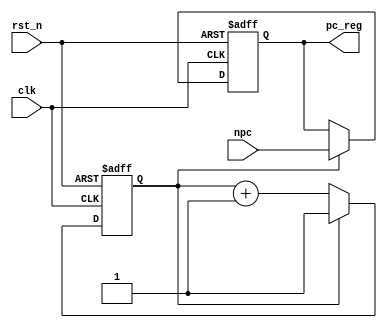
module ProgCnt(
    input clk,
    input rst_n,
    input wire[31:0]npc,
    output reg[31:0]pc_reg = 0  // 32-bit pc reg
    );
    
    reg cnt = 0;    // if reset pc in a cycle, next cycle execute the first inst
    // update pc
    always@(posedge clk or negedge rst_n)begin
        if(!rst_n)begin                     // goto first inst
            pc_reg <= 32'h0;
            cnt <= 1'b0;
        end
        else if(!cnt)           cnt <= cnt + 1;     // wait a cycle
        else                    pc_reg <= npc;
    end
    
endmodule